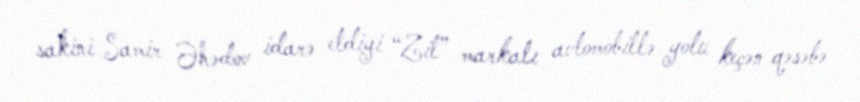
sakini Samir Əhədov idarə etdiyi “Zil” markalı avtomobillə yolu keçən qəsəbə